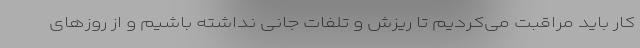
کار باید مراقبت می‌کردیم تا ریزش و تلفات جانی نداشته باشیم و از روزهای